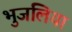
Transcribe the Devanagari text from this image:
भुजलिया